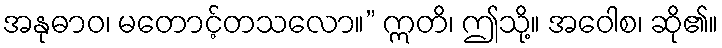
အနုဓာဝ၊ မတောင့်တသလော။” ဣတိ၊ ဤသို့။ အဝေါစ၊ ဆို၏။